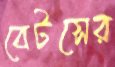
বেটসের